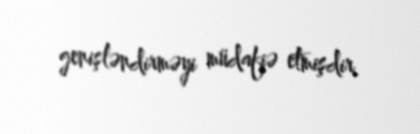
genişləndirməyi müdafiə etmişdir.